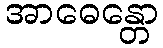
အာဓေန္တော